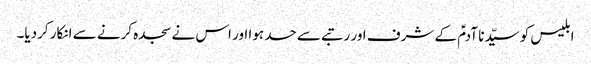
ابلیس کو سیّدنا آدمؑ کے شرف اور رتبے سے حسد ہوا اور اس نے سجدہ کرنے سے انکار کردیا۔